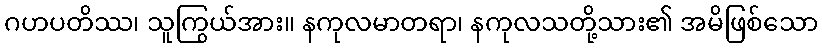
ဂဟပတိဿ၊ သူကြွယ်အား။ နကုလမာတရာ၊ နကုလသတို့သား၏ အမိဖြစ်သော